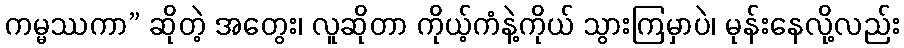
ကမ္မဿကာ” ဆိုတဲ့ အတွေး၊ လူဆိုတာ ကိုယ့်ကံနဲ့ကိုယ် သွားကြမှာပဲ၊ မုန်းနေလို့လည်း